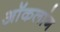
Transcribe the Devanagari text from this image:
ऑकलांग